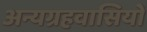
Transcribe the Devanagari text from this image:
अन्यग्रहवासियों